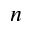
n